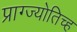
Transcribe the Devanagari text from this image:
प्राग्ज्योतिच्ह